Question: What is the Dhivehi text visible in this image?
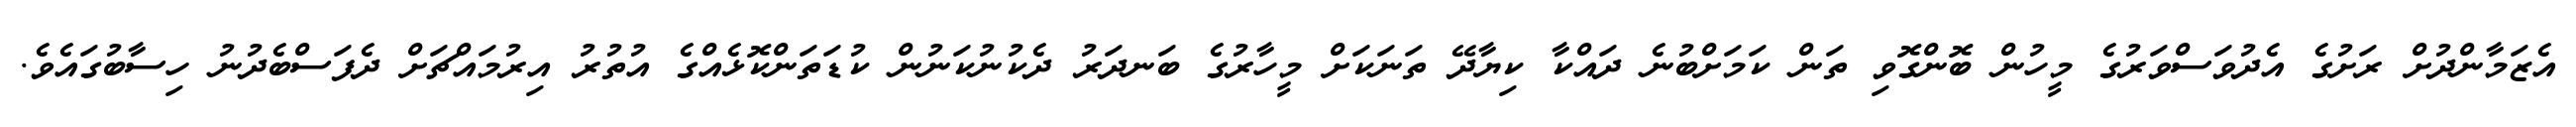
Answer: އެޒަމާންދުށް ރަށުގެ އެދުވަސްވަރުގެ މީހުން ބޮންގޮވި ތަން ކަމަށްބުނެ ދައްކާ ކިޔާދޭ ތަނަކަށް މީހާރުގެ ބަނދަރު ދެކުނުކަނުން ކުޑަތަންކޮޅެއްގެ އުތުރު އިރުމައްޗަށް ދެފަސްބެދުނު ހިސާބުގައެވެ.